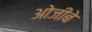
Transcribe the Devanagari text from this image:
ओजीबे